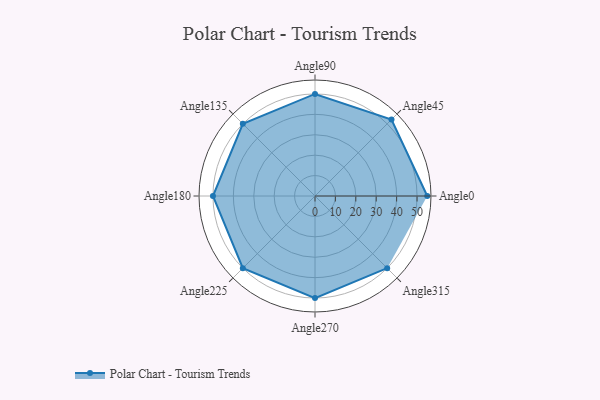
{"axis": {"x": "Angle", "y": "Radius"}, "legend": [""], "data": [{"x": "Angle0", "y": 55.0, "type": ""}, {"x": "Angle45", "y": 53.0, "type": ""}, {"x": "Angle90", "y": 50, "type": ""}, {"x": "Angle135", "y": 50, "type": ""}, {"x": "Angle180", "y": 50, "type": ""}, {"x": "Angle225", "y": 50, "type": ""}, {"x": "Angle270", "y": 50, "type": ""}, {"x": "Angle315", "y": 50, "type": ""}]}